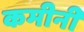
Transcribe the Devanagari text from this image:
कमीनी